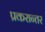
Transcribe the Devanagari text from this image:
प्रकरान्तर